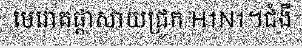
មេរោគផ្តាសាយជ្រូក H1N1។ជំងឺ